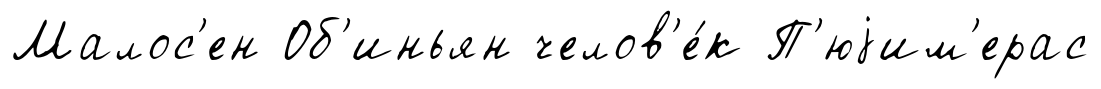
Малос'ен Об'иньян челов'е́к П'юjим'ерас